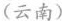
(云南)